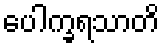
ပေါက္ခရသာတိ